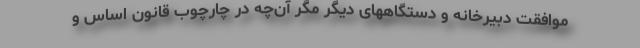
موافقت دبیرخانه و دستگاههای دیگر مگر آن‌چه در چارچوب قانون اساس و